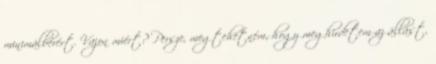
minimálbérért. Vajon miért? Persze, megtehetném, hogy meghirdetem az állást,